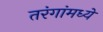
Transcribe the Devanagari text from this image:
तरंगांमध्ये